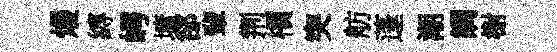
熳縛崿墉郤輩荆檟突舫蓬潮調榭